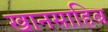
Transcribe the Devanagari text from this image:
खानसाहिब